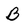
Character: B